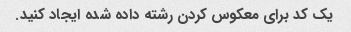
یک کد برای معکوس کردن رشته داده شده ایجاد کنید.